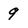
Character: 9